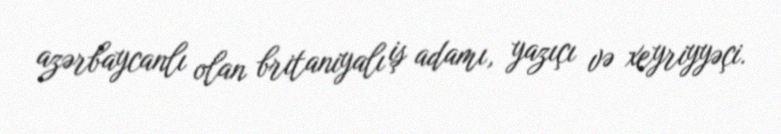
azərbaycanlı olan britaniyalı iş adamı, yazıçı və xeyriyyəçi.